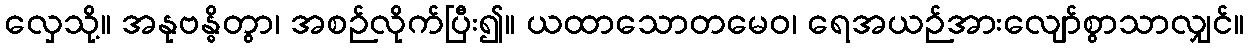
လှေသို့။ အနုဗန္ဓိတွာ၊ အစဉ်လိုက်ပြီး၍။ ယထာသောတမေဝ၊ ရေအယဉ်အားလျော်စွာသာလျှင်။